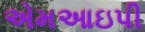
એમઆઇપી